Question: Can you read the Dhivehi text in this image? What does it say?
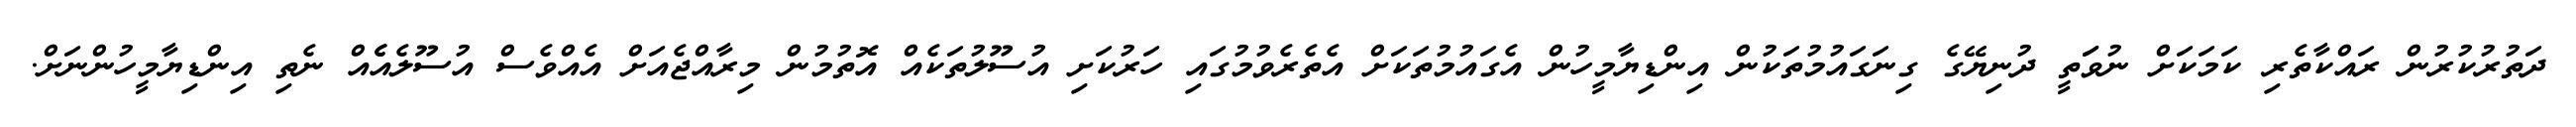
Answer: ދަތުރުކުރުން ރައްކާތެރި ކަމަކަށް ނުވަަތީ ދުނިޔޭގެ ގިނަގައުމުތަކުން އިންޑިޔާމީހުން އެގައުމުތަކަށް އެތެރެވުމުގައި ހަރުކަށި އުސޫލުތަކެއް އޮތުމުން މިރާއްޖެއަށް އެއްވެސް އުސޫލެއެެއް ނެތި އިންޑިޔާމީހުންނަށް.